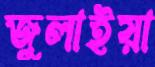
জুলাইয়া